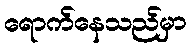
ရောက်နေသည်မှာ